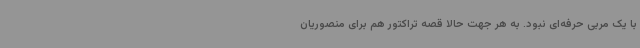
با یک مربی حرفه‌ای نبود. به هر جهت حالا قصه تراکتور هم برای منصوریان